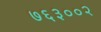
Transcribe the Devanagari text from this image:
७६३००२